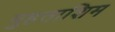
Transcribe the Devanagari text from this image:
मुहताशिम